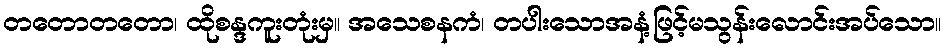
တတောတတော၊ ထိုစန္ဒကူးတုံးမှ။ အသေစနကံ၊ တပါးသောအနံ့ဖြင့်မသွန်းလောင်းအပ်သော။